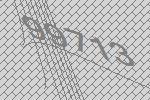
99713